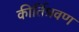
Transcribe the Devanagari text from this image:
कीर्तिश्रवण